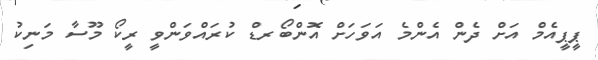
ޕީޕީއެމް އަށް ދެން އެންމެ އަވަހަށް އޮންބޯރޑް ކުރައްވަންވީ ރީކޯ މޫސާ މަނިކު